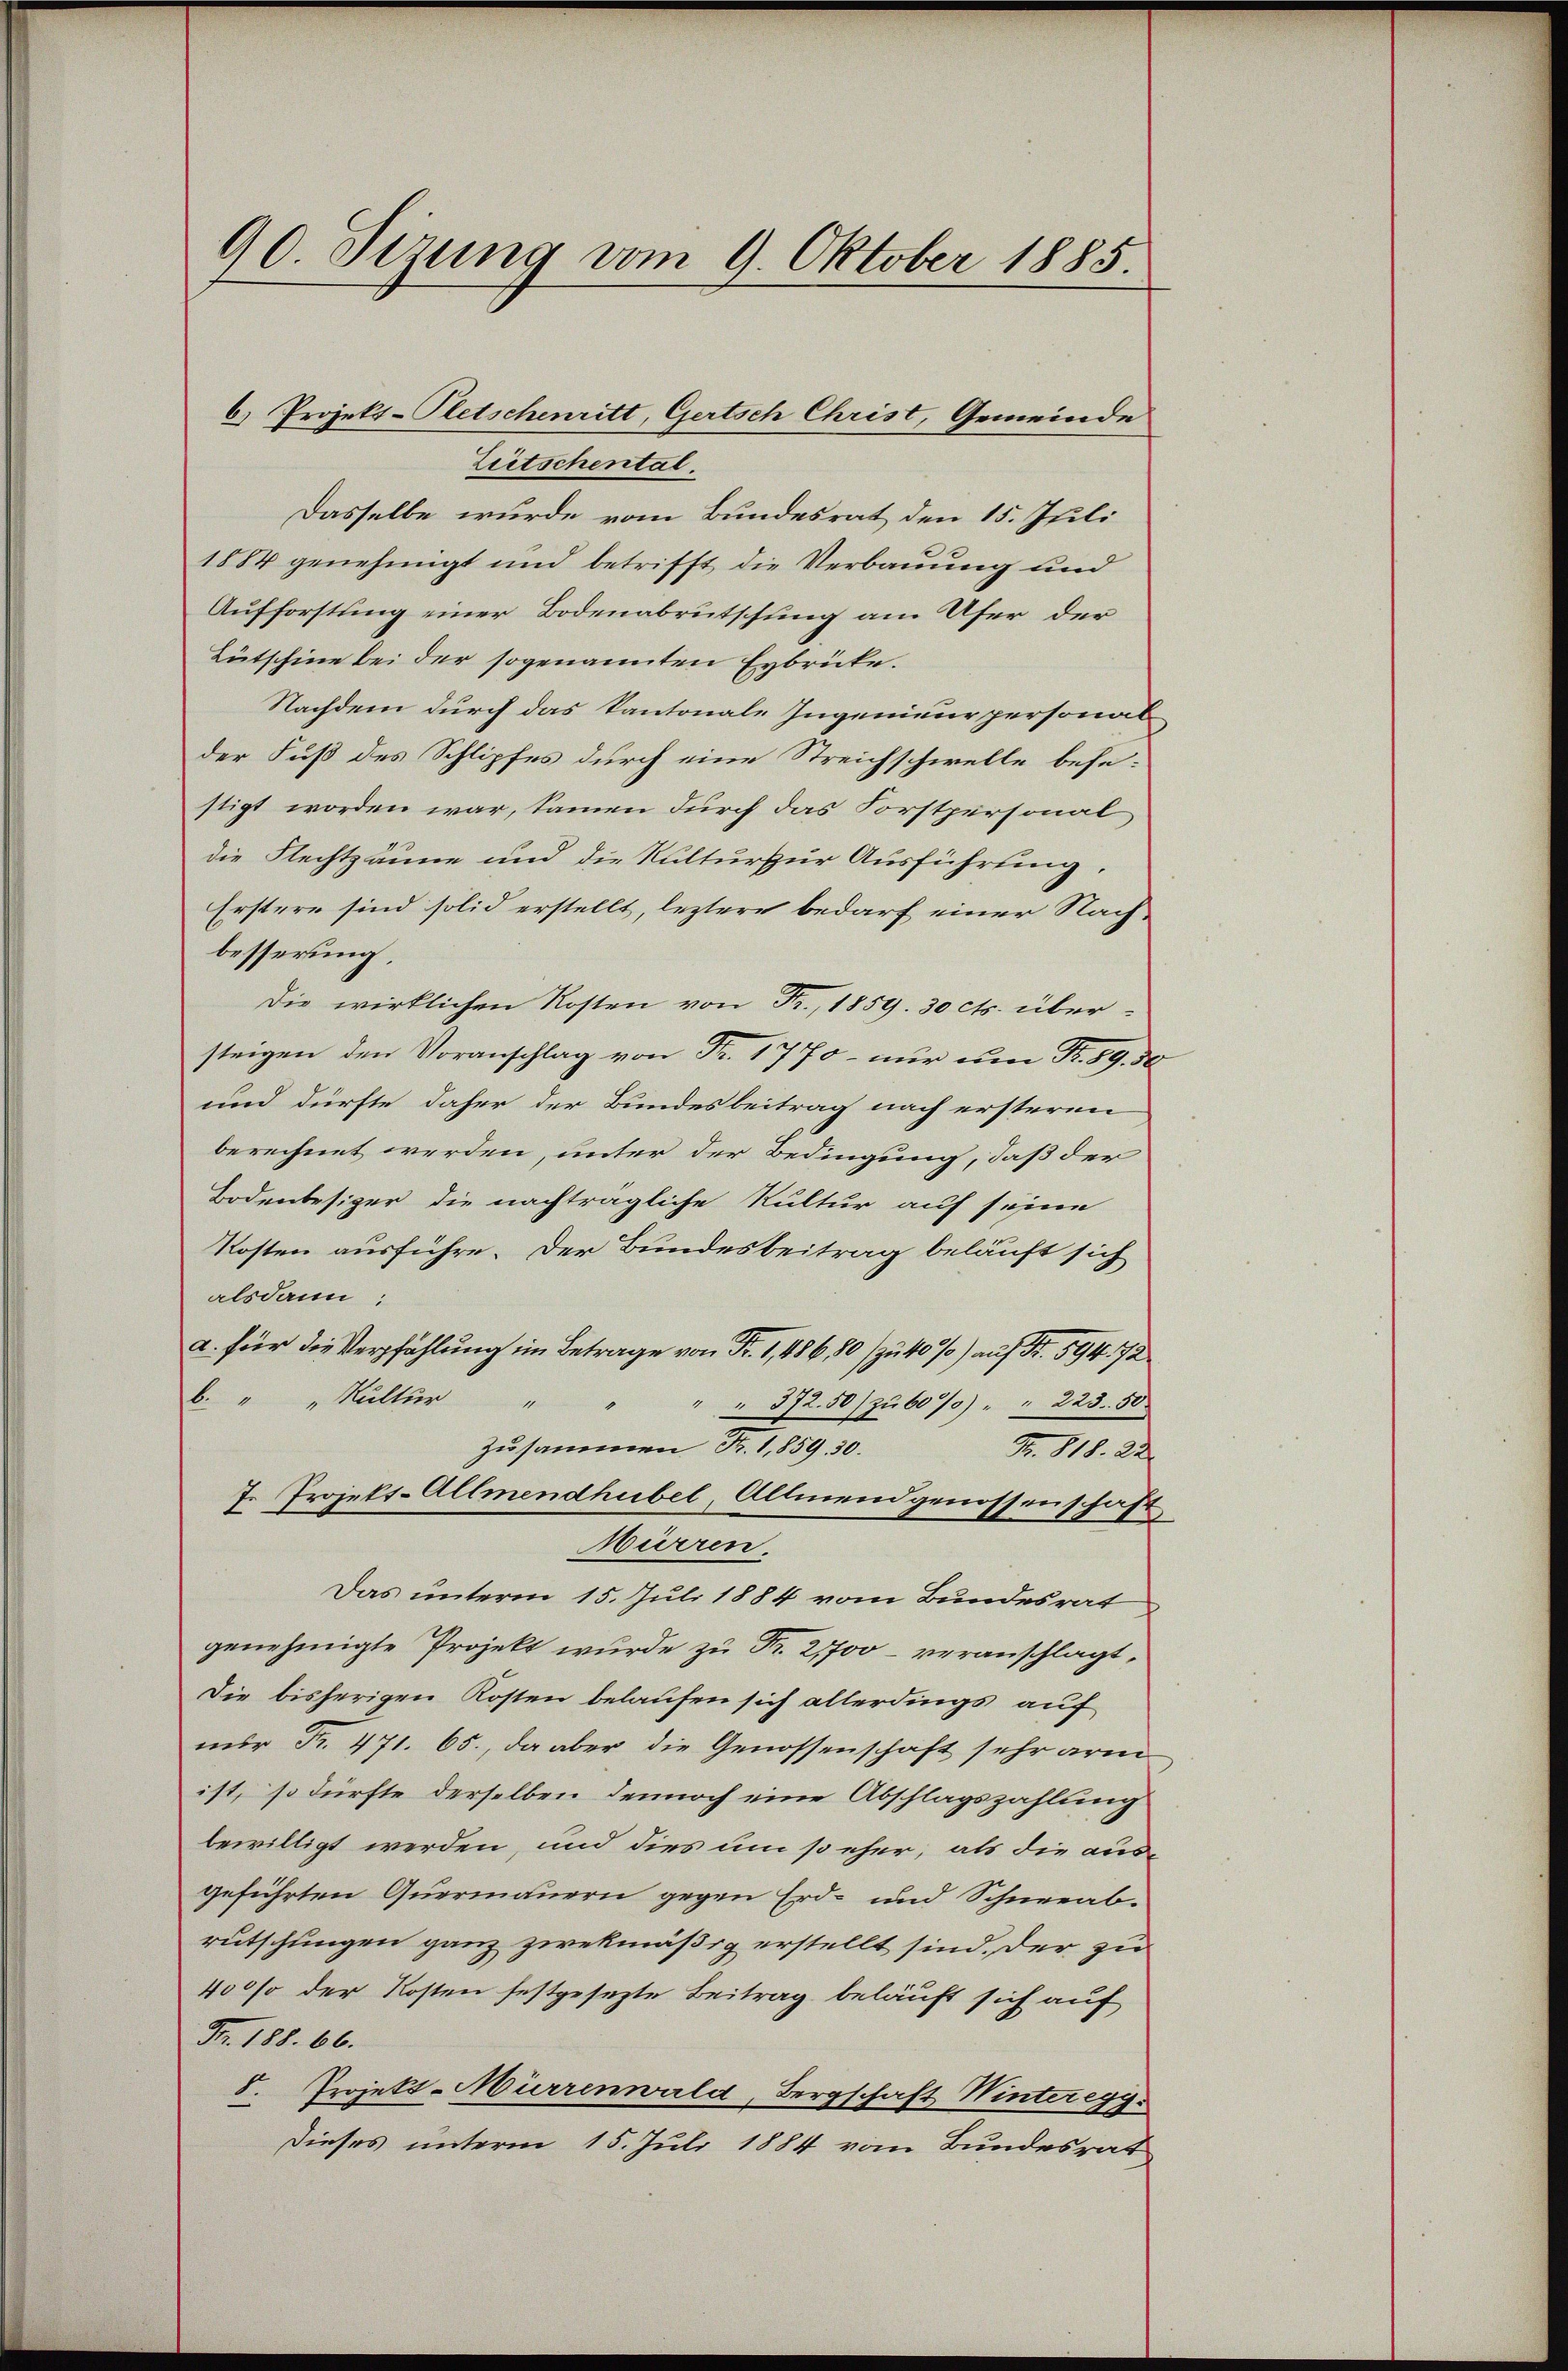
90. Sizung vom 9. Oktober 1885.

Zeitschental.
Dasselbe wurde vom Bundesrat den 15. Juli
1884 genehmigt und betrifft die Verbauung und
Aufforstung einer Bodenabrutschung am Ufer der
Bütschine bei der sogenannten Eybrücke.
Nachdem durch das Kantonale Ingenieur personab
der Fuß des Schlipfes durch eine Streichschwelle besestigt worden war, samen durch das Forstpersonal
die Flechtzäune und die Kulturzur Ausführung.
Erstere sind solid erstellt, leztere bedarf einer Nachbesserung,
Die wirklichen Kosten von Fr. 1859. 30 cts. übersteigen den Voranschlag von Fr. 1770 - nur am Fr. 89. 50
und dürfte daher der Bundesbeitrag nach ersteren
berechnet werden, unter der Bedingung, daß der
Bodenbesizer die nachträgliche Kultur auf seine
Kosten ausführe. Der Bundesbeitrag beläuft sich
alsdann:
a. für die Verpfählung im Betrage von Fr. 1,486, 80 (zu 40 %) auf Fr. 594. 72
b. " " Kultur "
" " 372. 50) zu 60%) " " 223. 50
Zusammen Fr. 1,859. 30.
B. 818. 22
7. Projekt. Allmendhubel, Allmendgenossenschaft,
Mürren.
Das unterm 15. Juli 1884 vom Bundesrat
genehmigte Projekt wurde zu Fr. 2,700 – veranschlagt,
Die bisherigen Kosten belaufen sich allerdings auf
nur Fr. 471. 65., da aber die Genossenschaft sehr arm
ist, so dürfte derselben dennoch eine Abschlagszahlung
bewilligt werden, und dies um so eher, als die ausgeführten Quermauern gegen Erd- und Schneeab-
rutschungen ganz zwekmäßig erstellt sind, der zu
400 so der Kosten festgesezte Beitrag beläuft sich auf
Fr. 188. 66.
d. Projekt-Mürrenwald, Bergschaft Winteregg.
Dieses unterm 15. Juli 1884 vom Bundesrat

6) Projekt-Pletschenritt, Gertsch Christ, Gemeinde